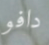
دافو